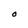
Character: O